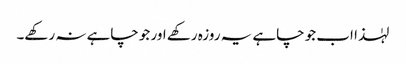
لہٰذا اب جو چاہے یہ روزہ رکھے اور جو چاہے نہ رکھے۔